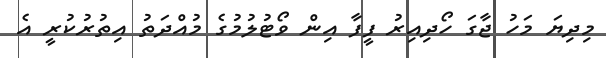
މިދިޔަ މަހު ޖާގަ ހޯދިއިރު ފީފާ އިން ވޯޓުލުމުގެ މުއްދަތު އިތުރުކުރީ އެ